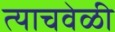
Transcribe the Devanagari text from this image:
त्‍याचवेळी